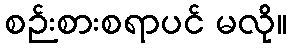
စဉ်းစားစရာပင် မလို။